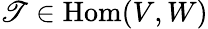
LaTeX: \mathscr{T}\in\mathrm{{Hom}}(V,W)